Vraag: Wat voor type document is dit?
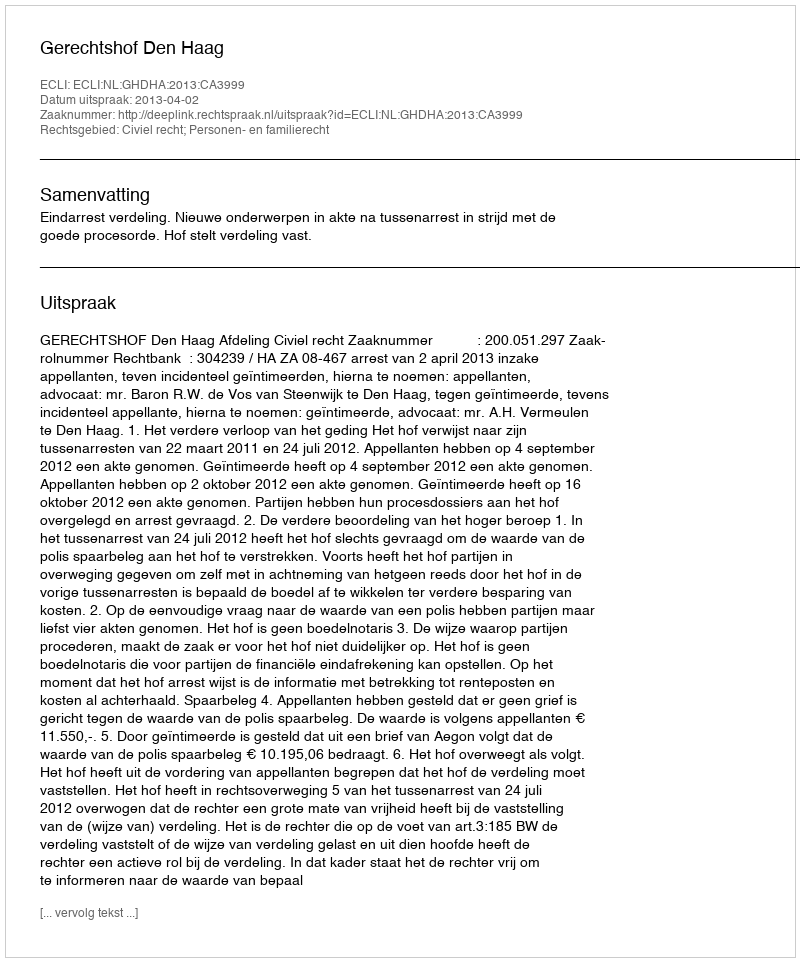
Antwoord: Uitspraak